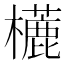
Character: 𣞓